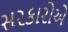
સરકારોએ